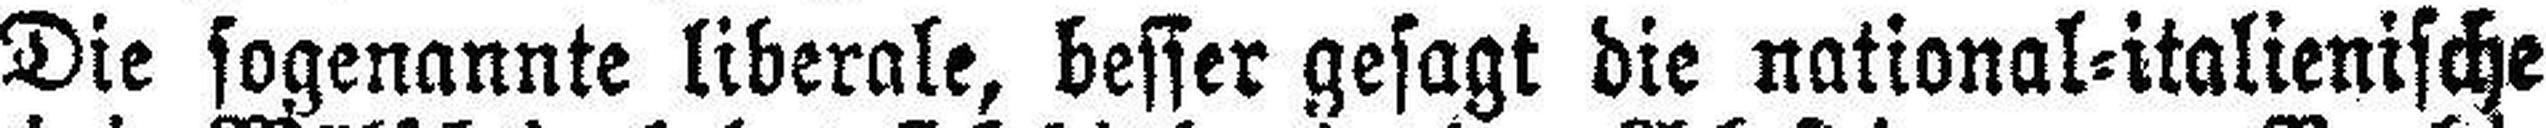
Die sogenannte liberale, besser gesagt die national=italienische